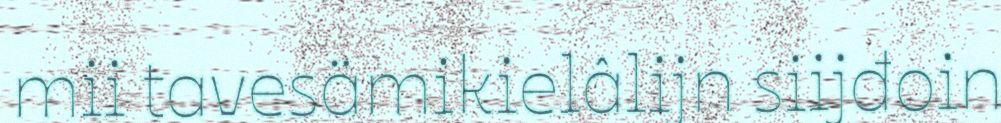
mii tavesämikielâlijn siijđoin